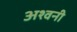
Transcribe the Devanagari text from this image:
अश्‍वनी